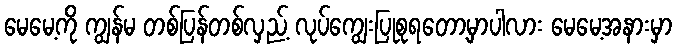
မေမေ့ကို ကျွန်မ တစ်ပြန်တစ်လှည့် လုပ်ကျွေးပြုစုရတော့မှာပါလား မေမေ့အနားမှာ